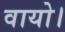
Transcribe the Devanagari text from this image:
वायो।